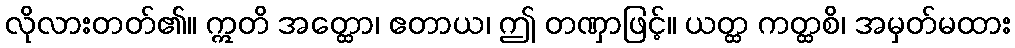
လိုလားတတ်၏။ ဣတိ အတ္ထော၊ ဧတာယ၊ ဤ တဏှာဖြင့်။ ယတ္ထ ကတ္ထစိ၊ အမှတ်မထား